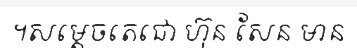
។សម្តេចតេជោ ហ៊ុន សែន មាន